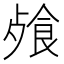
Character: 𩛈